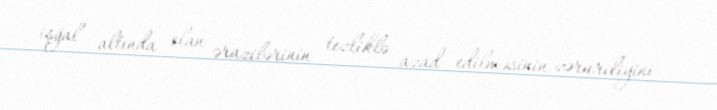
işğal altında olan ərazilərinin tezliklə azad edilməsinin zəruriliyini